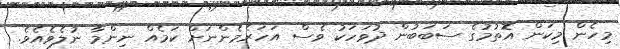
މިހެން މިކަން އޮތުމުގެ ސަބަބުން ދުވަހަކު ވެސް އަހަރެމެންނަށް ކަމެއް ނިންމާ ނުލެވެއެވެ.